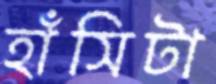
হাঁসিটা